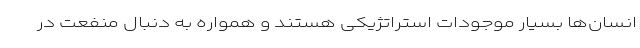
انسان‌ها بسیار موجودات استراتژیکی هستند و همواره به دنبال منفعت در